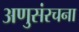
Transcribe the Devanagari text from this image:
अणुसंरचना